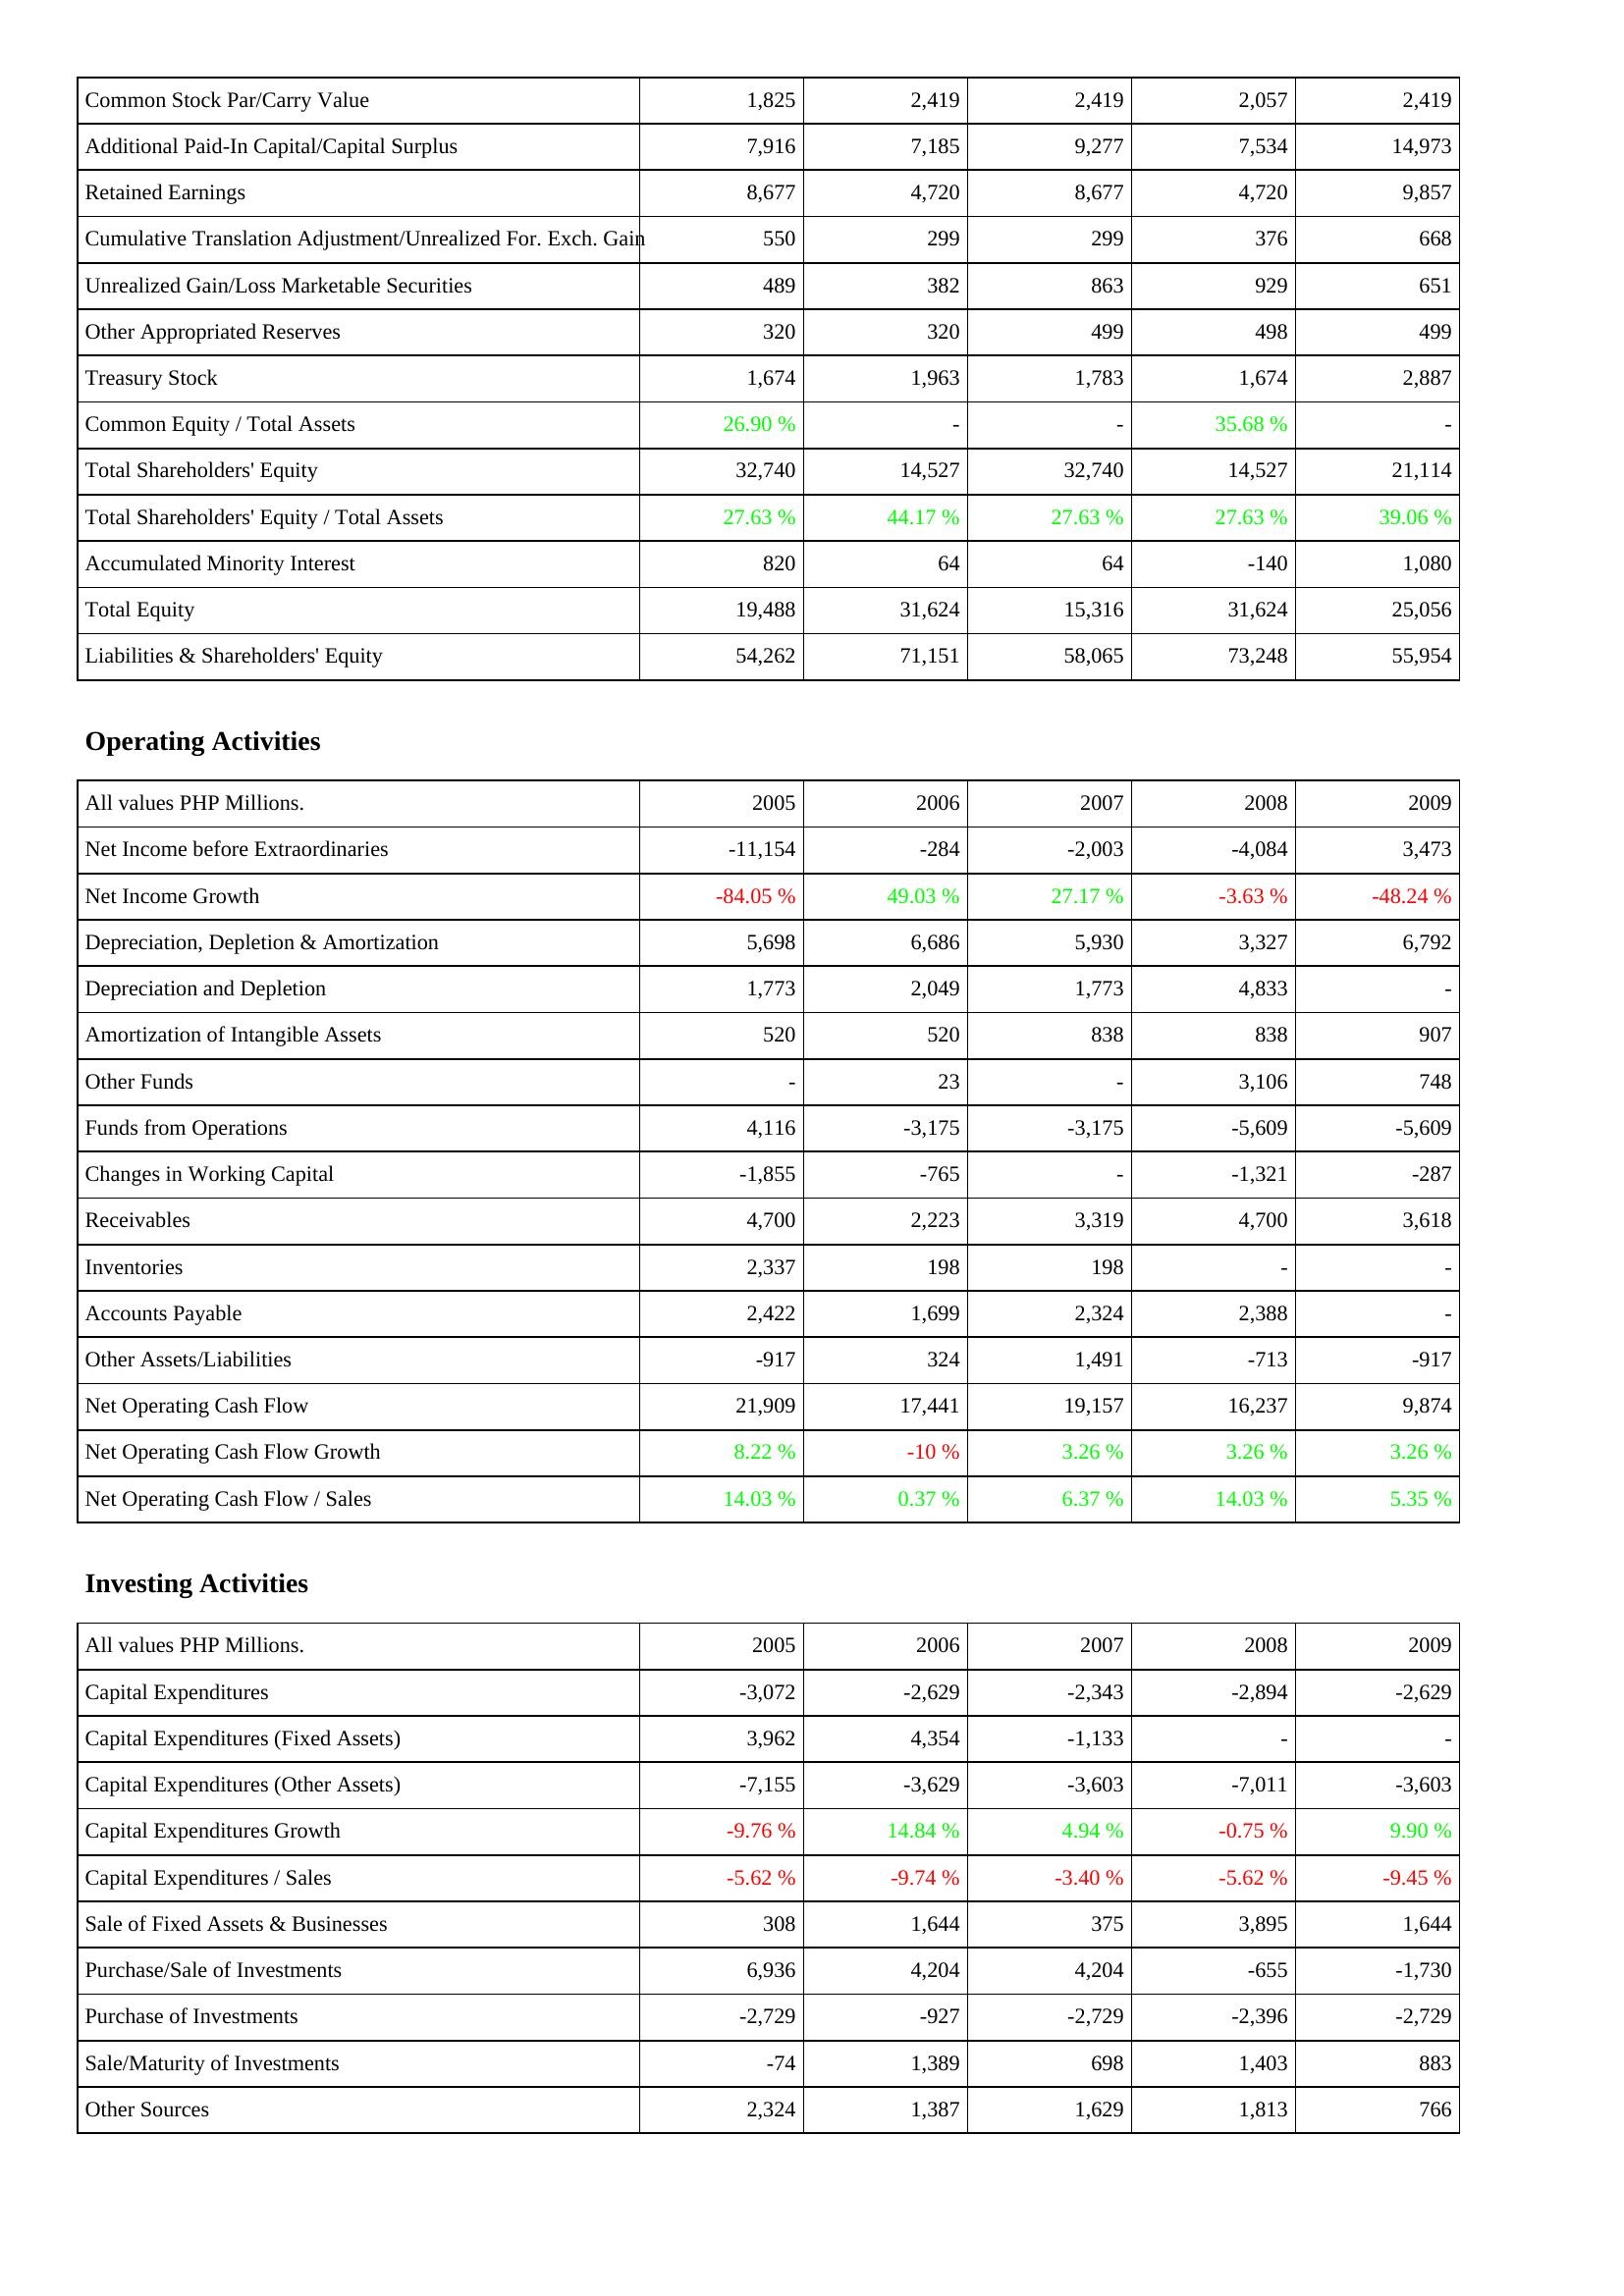
2005: Liabilities & Shareholders' Equity: Common Stock Par/Carry Value: 1,825
Additional Paid-In Capital/Capital Surplus: 7,916
Retained Earnings: 8,677
Cumulative Translation Adjustment/Unrealized For. Exch. Gain: 550
Unrealized Gain/Loss Marketable Securities: 489
Other Appropriated Reserves: 320
Treasury Stock: 1,674
Common Equity / Total Assets: 26.90 %
Total Shareholders' Equity: 32,740
Total Shareholders' Equity / Total Assets: 27.63 %
Accumulated Minority Interest: 820
Total Equity: 19,488
Liabilities & Shareholders' Equity: 54,262
Operating Activities: Net Income before Extraordinaries: -11,154
Net Income Growth: -84.05 %
Depreciation, Depletion & Amortization: 5,698
Depreciation and Depletion: 1,773
Amortization of Intangible Assets: 520
Other Funds: -
Funds from Operations: 4,116
Changes in Working Capital: -1,855
Receivables: 4,700
Inventories: 2,337
Accounts Payable: 2,422
Other Assets/Liabilities: -917
Net Operating Cash Flow: 21,909
Net Operating Cash Flow Growth: 8.22 %
Net Operating Cash Flow / Sales: 14.03 %
Investing Activities: Capital Expenditures: -3,072
Capital Expenditures (Fixed Assets): 3,962
Capital Expenditures (Other Assets): -7,155
Capital Expenditures Growth: -9.76 %
Capital Expenditures / Sales: -5.62 %
Sale of Fixed Assets & Businesses: 308
Purchase/Sale of Investments: 6,936
Purchase of Investments: -2,729
Sale/Maturity of Investments: -74
Other Sources: 2,324
2006: Liabilities & Shareholders' Equity: Common Stock Par/Carry Value: 2,419
Additional Paid-In Capital/Capital Surplus: 7,185
Retained Earnings: 4,720
Cumulative Translation Adjustment/Unrealized For. Exch. Gain: 299
Unrealized Gain/Loss Marketable Securities: 382
Other Appropriated Reserves: 320
Treasury Stock: 1,963
Common Equity / Total Assets: -
Total Shareholders' Equity: 14,527
Total Shareholders' Equity / Total Assets: 44.17 %
Accumulated Minority Interest: 64
Total Equity: 31,624
Liabilities & Shareholders' Equity: 71,151
Operating Activities: Net Income before Extraordinaries: -284
Net Income Growth: 49.03 %
Depreciation, Depletion & Amortization: 6,686
Depreciation and Depletion: 2,049
Amortization of Intangible Assets: 520
Other Funds: 23
Funds from Operations: -3,175
Changes in Working Capital: -765
Receivables: 2,223
Inventories: 198
Accounts Payable: 1,699
Other Assets/Liabilities: 324
Net Operating Cash Flow: 17,441
Net Operating Cash Flow Growth: -10 %
Net Operating Cash Flow / Sales: 0.37 %
Investing Activities: Capital Expenditures: -2,629
Capital Expenditures (Fixed Assets): 4,354
Capital Expenditures (Other Assets): -3,629
Capital Expenditures Growth: 14.84 %
Capital Expenditures / Sales: -9.74 %
Sale of Fixed Assets & Businesses: 1,644
Purchase/Sale of Investments: 4,204
Purchase of Investments: -927
Sale/Maturity of Investments: 1,389
Other Sources: 1,387
2007: Liabilities & Shareholders' Equity: Common Stock Par/Carry Value: 2,419
Additional Paid-In Capital/Capital Surplus: 9,277
Retained Earnings: 8,677
Cumulative Translation Adjustment/Unrealized For. Exch. Gain: 299
Unrealized Gain/Loss Marketable Securities: 863
Other Appropriated Reserves: 499
Treasury Stock: 1,783
Common Equity / Total Assets: -
Total Shareholders' Equity: 32,740
Total Shareholders' Equity / Total Assets: 27.63 %
Accumulated Minority Interest: 64
Total Equity: 15,316
Liabilities & Shareholders' Equity: 58,065
Operating Activities: Net Income before Extraordinaries: -2,003
Net Income Growth: 27.17 %
Depreciation, Depletion & Amortization: 5,930
Depreciation and Depletion: 1,773
Amortization of Intangible Assets: 838
Other Funds: -
Funds from Operations: -3,175
Changes in Working Capital: -
Receivables: 3,319
Inventories: 198
Accounts Payable: 2,324
Other Assets/Liabilities: 1,491
Net Operating Cash Flow: 19,157
Net Operating Cash Flow Growth: 3.26 %
Net Operating Cash Flow / Sales: 6.37 %
Investing Activities: Capital Expenditures: -2,343
Capital Expenditures (Fixed Assets): -1,133
Capital Expenditures (Other Assets): -3,603
Capital Expenditures Growth: 4.94 %
Capital Expenditures / Sales: -3.40 %
Sale of Fixed Assets & Businesses: 375
Purchase/Sale of Investments: 4,204
Purchase of Investments: -2,729
Sale/Maturity of Investments: 698
Other Sources: 1,629
2008: Liabilities & Shareholders' Equity: Common Stock Par/Carry Value: 2,057
Additional Paid-In Capital/Capital Surplus: 7,534
Retained Earnings: 4,720
Cumulative Translation Adjustment/Unrealized For. Exch. Gain: 376
Unrealized Gain/Loss Marketable Securities: 929
Other Appropriated Reserves: 498
Treasury Stock: 1,674
Common Equity / Total Assets: 35.68 %
Total Shareholders' Equity: 14,527
Total Shareholders' Equity / Total Assets: 27.63 %
Accumulated Minority Interest: -140
Total Equity: 31,624
Liabilities & Shareholders' Equity: 73,248
Operating Activities: Net Income before Extraordinaries: -4,084
Net Income Growth: -3.63 %
Depreciation, Depletion & Amortization: 3,327
Depreciation and Depletion: 4,833
Amortization of Intangible Assets: 838
Other Funds: 3,106
Funds from Operations: -5,609
Changes in Working Capital: -1,321
Receivables: 4,700
Inventories: -
Accounts Payable: 2,388
Other Assets/Liabilities: -713
Net Operating Cash Flow: 16,237
Net Operating Cash Flow Growth: 3.26 %
Net Operating Cash Flow / Sales: 14.03 %
Investing Activities: Capital Expenditures: -2,894
Capital Expenditures (Fixed Assets): -
Capital Expenditures (Other Assets): -7,011
Capital Expenditures Growth: -0.75 %
Capital Expenditures / Sales: -5.62 %
Sale of Fixed Assets & Businesses: 3,895
Purchase/Sale of Investments: -655
Purchase of Investments: -2,396
Sale/Maturity of Investments: 1,403
Other Sources: 1,813
2009: Liabilities & Shareholders' Equity: Common Stock Par/Carry Value: 2,419
Additional Paid-In Capital/Capital Surplus: 14,973
Retained Earnings: 9,857
Cumulative Translation Adjustment/Unrealized For. Exch. Gain: 668
Unrealized Gain/Loss Marketable Securities: 651
Other Appropriated Reserves: 499
Treasury Stock: 2,887
Common Equity / Total Assets: -
Total Shareholders' Equity: 21,114
Total Shareholders' Equity / Total Assets: 39.06 %
Accumulated Minority Interest: 1,080
Total Equity: 25,056
Liabilities & Shareholders' Equity: 55,954
Operating Activities: Net Income before Extraordinaries: 3,473
Net Income Growth: -48.24 %
Depreciation, Depletion & Amortization: 6,792
Depreciation and Depletion: -
Amortization of Intangible Assets: 907
Other Funds: 748
Funds from Operations: -5,609
Changes in Working Capital: -287
Receivables: 3,618
Inventories: -
Accounts Payable: -
Other Assets/Liabilities: -917
Net Operating Cash Flow: 9,874
Net Operating Cash Flow Growth: 3.26 %
Net Operating Cash Flow / Sales: 5.35 %
Investing Activities: Capital Expenditures: -2,629
Capital Expenditures (Fixed Assets): -
Capital Expenditures (Other Assets): -3,603
Capital Expenditures Growth: 9.90 %
Capital Expenditures / Sales: -9.45 %
Sale of Fixed Assets & Businesses: 1,644
Purchase/Sale of Investments: -1,730
Purchase of Investments: -2,729
Sale/Maturity of Investments: 883
Other Sources: 766